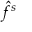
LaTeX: { \hat { f } } ^ { s }